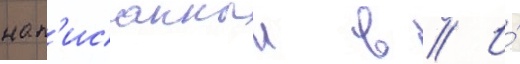
нап'исанныи в // И́